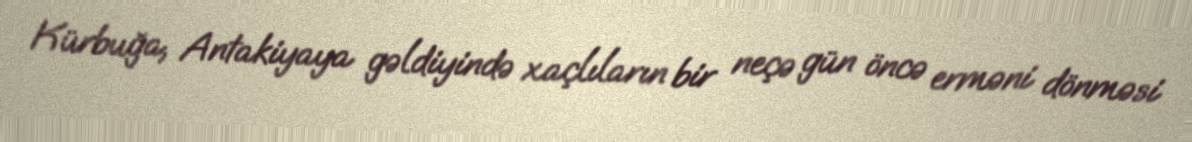
Kürbuğa, Antakiyaya gəldiyində xaçlıların bir neçə gün öncə erməni dönməsi